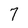
Character: 7